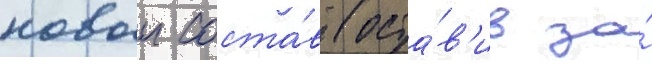
новыи соста́в (оста́в'ив за́